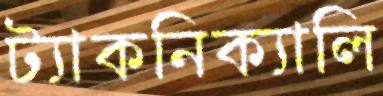
ট্যাকনিক্যালি